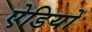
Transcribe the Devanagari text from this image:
ऐडियों